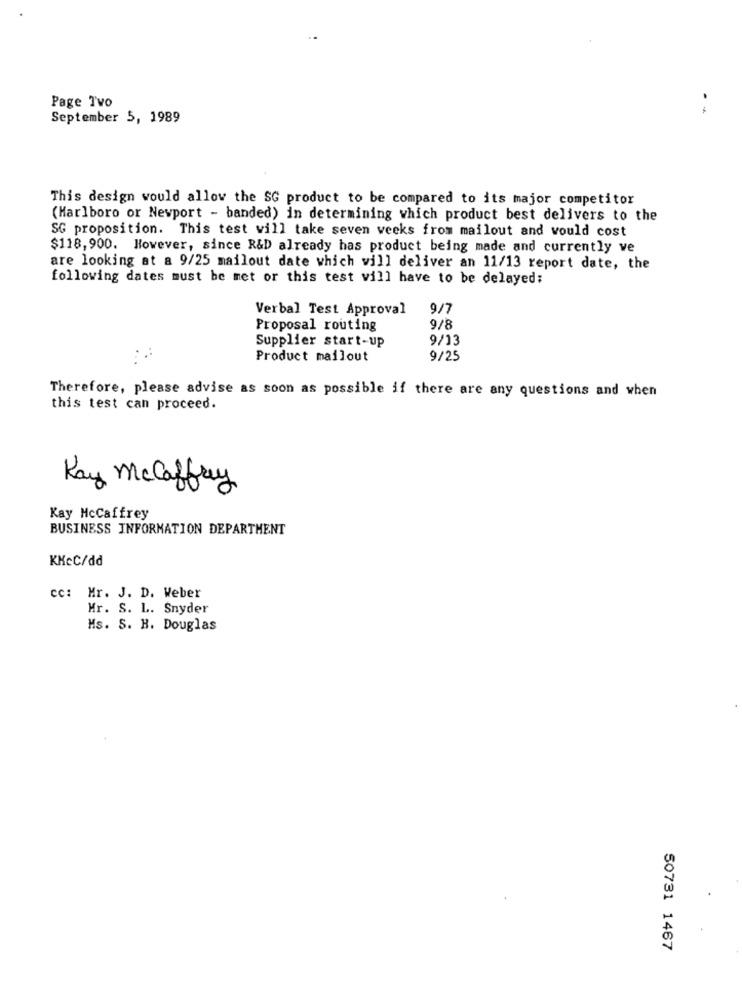
Page Two
September 5, 1989
This design would allow the SG product to be compared to its major competitor
(Marlboro or Newport - banded) in determining which product best delivers to the
SG proposition. This test will take seven weeks from mailout and would cost
$118,900. However, since R&D already has product being made and currently ve
are looking at a 9/25 mailout date which will deliver an 11/13 report date, the
following dates must be met or this test vill have to be delayed;
Verbal Test Approval
9/7
Proposal routing
9/8
Supplier start-up
9/13
Product mailout
9/25
Therefore, please advise as soon as possible if there are any questions and when
this test can proceed.
Kay McCaffrey
Kay McCaffrey
BUSINESS INFORMATION DEPARTMENT
KKcC/dd
cc: Mr. J. D. Weber
Mr. S. L. Snyder
Ms. S. H. Douglas
50731 1467